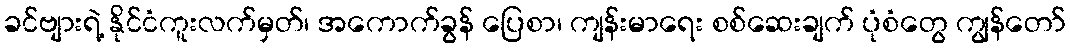
ခင်ဗျားရဲ့ နိုင်ငံကူးလက်မှတ်၊ အကောက်ခွန် ပြေစာ၊ ကျန်းမာရေး စစ်ဆေးချက် ပုံစံတွေ ကျွန်တော်